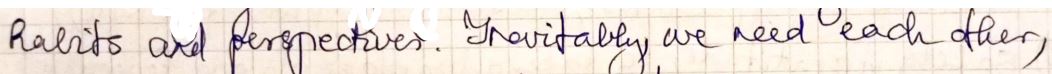
Ralits and perspectives. Invitally we need  each other,